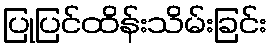
ပြုပြင်ထိန်းသိမ်းခြင်း